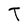
Character: T